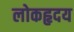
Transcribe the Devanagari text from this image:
लोकहृदय